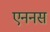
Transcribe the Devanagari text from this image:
एननस